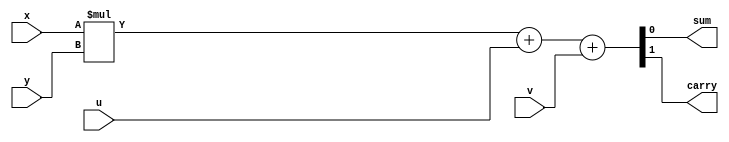
module multiplier(
  input x,
  input y,
  input u,
  input v,
  output sum,
  output carry
  );

  assign {carry, sum} = x*y + u + v;

endmodule

module nbit_input #(parameter N = 8) (
  input [N-1:0] x,
  input b,
  input [N-1:0] u,
  input d,
  output [N-1:0] sum,
  output carry
  );

  wire carrys [N:0];
  assign carrys[0] = d;


  genvar i;
  for(i = 0; i<N; i = i+1)
  begin
    multiplier i_multipliter(x[i], b, u[i], carrys[i], sum[i], carrys[i+1]);
  end

  assign carry = carrys[N];

endmodule

module nm_bit_multiplier #(parameter N = 8, parameter M = 8) (
  input [N-1:0] x,
  input [M-1:0] y,
  input [N-1:0] u,
  input [M-1:0] d,
  output [N+M-2:0] sum,
  output carry
  );

  wire [N-1:0] sums [M:0];
  wire carrys[M:0];

  assign {carrys[0], sums[0][N-1:1]} = u;

  genvar i;
  for(i = 0; i < M; i = i + 1)
  begin
    nbit_input i_nbit_input(x, y[i], {carrys[i], sums[i][N-1:1]}, d[i], sums[i+1], carrys[i+1]);
  end

  for(i = 0; i < M-1; i = i + 1)
  begin
    assign sum[i] = sums[i+1][0];
  end

  assign sum[M+N-2:M-1] = sums[M];
  assign carry = carrys[M];

endmodule